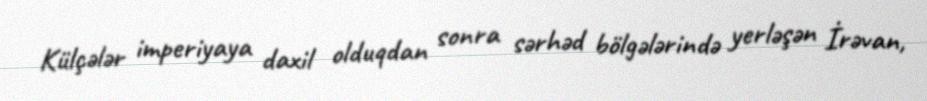
Külçələr imperiyaya daxil olduqdan sonra sərhəd bölgələrində yerləşən İrəvan,